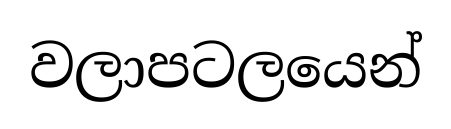
වලාපටලයෙන්